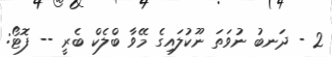
2 - ދަނބު ނުވަތަ ނޫކުލައިގެ މޭވާ ބްލެކް ބެރީ -- ފޮޓޯ: